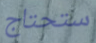
ستحتاج